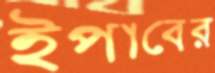
ইপাবের